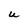
Character: U